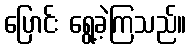
ပြောင်း ရွေ့ခဲ့ကြသည်။